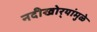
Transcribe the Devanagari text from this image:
नदीखोर्‍यांमुळे